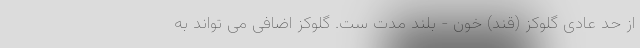
از حد عادی گلوکز (قند) خون - بلند مدت ست. گلوکز اضافی می تواند به